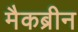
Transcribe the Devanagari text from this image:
मैकब्रीन